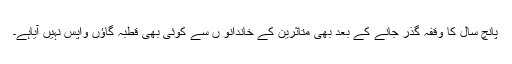
پانچ سال کا وقفہ گذر جانے کے بعد بھی متاثرین کے خاندانو ں سے کوئی بھی قطبہ گاؤں واپس نہیں آیاہے۔